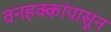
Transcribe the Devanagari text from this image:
वनहक्कांपासून